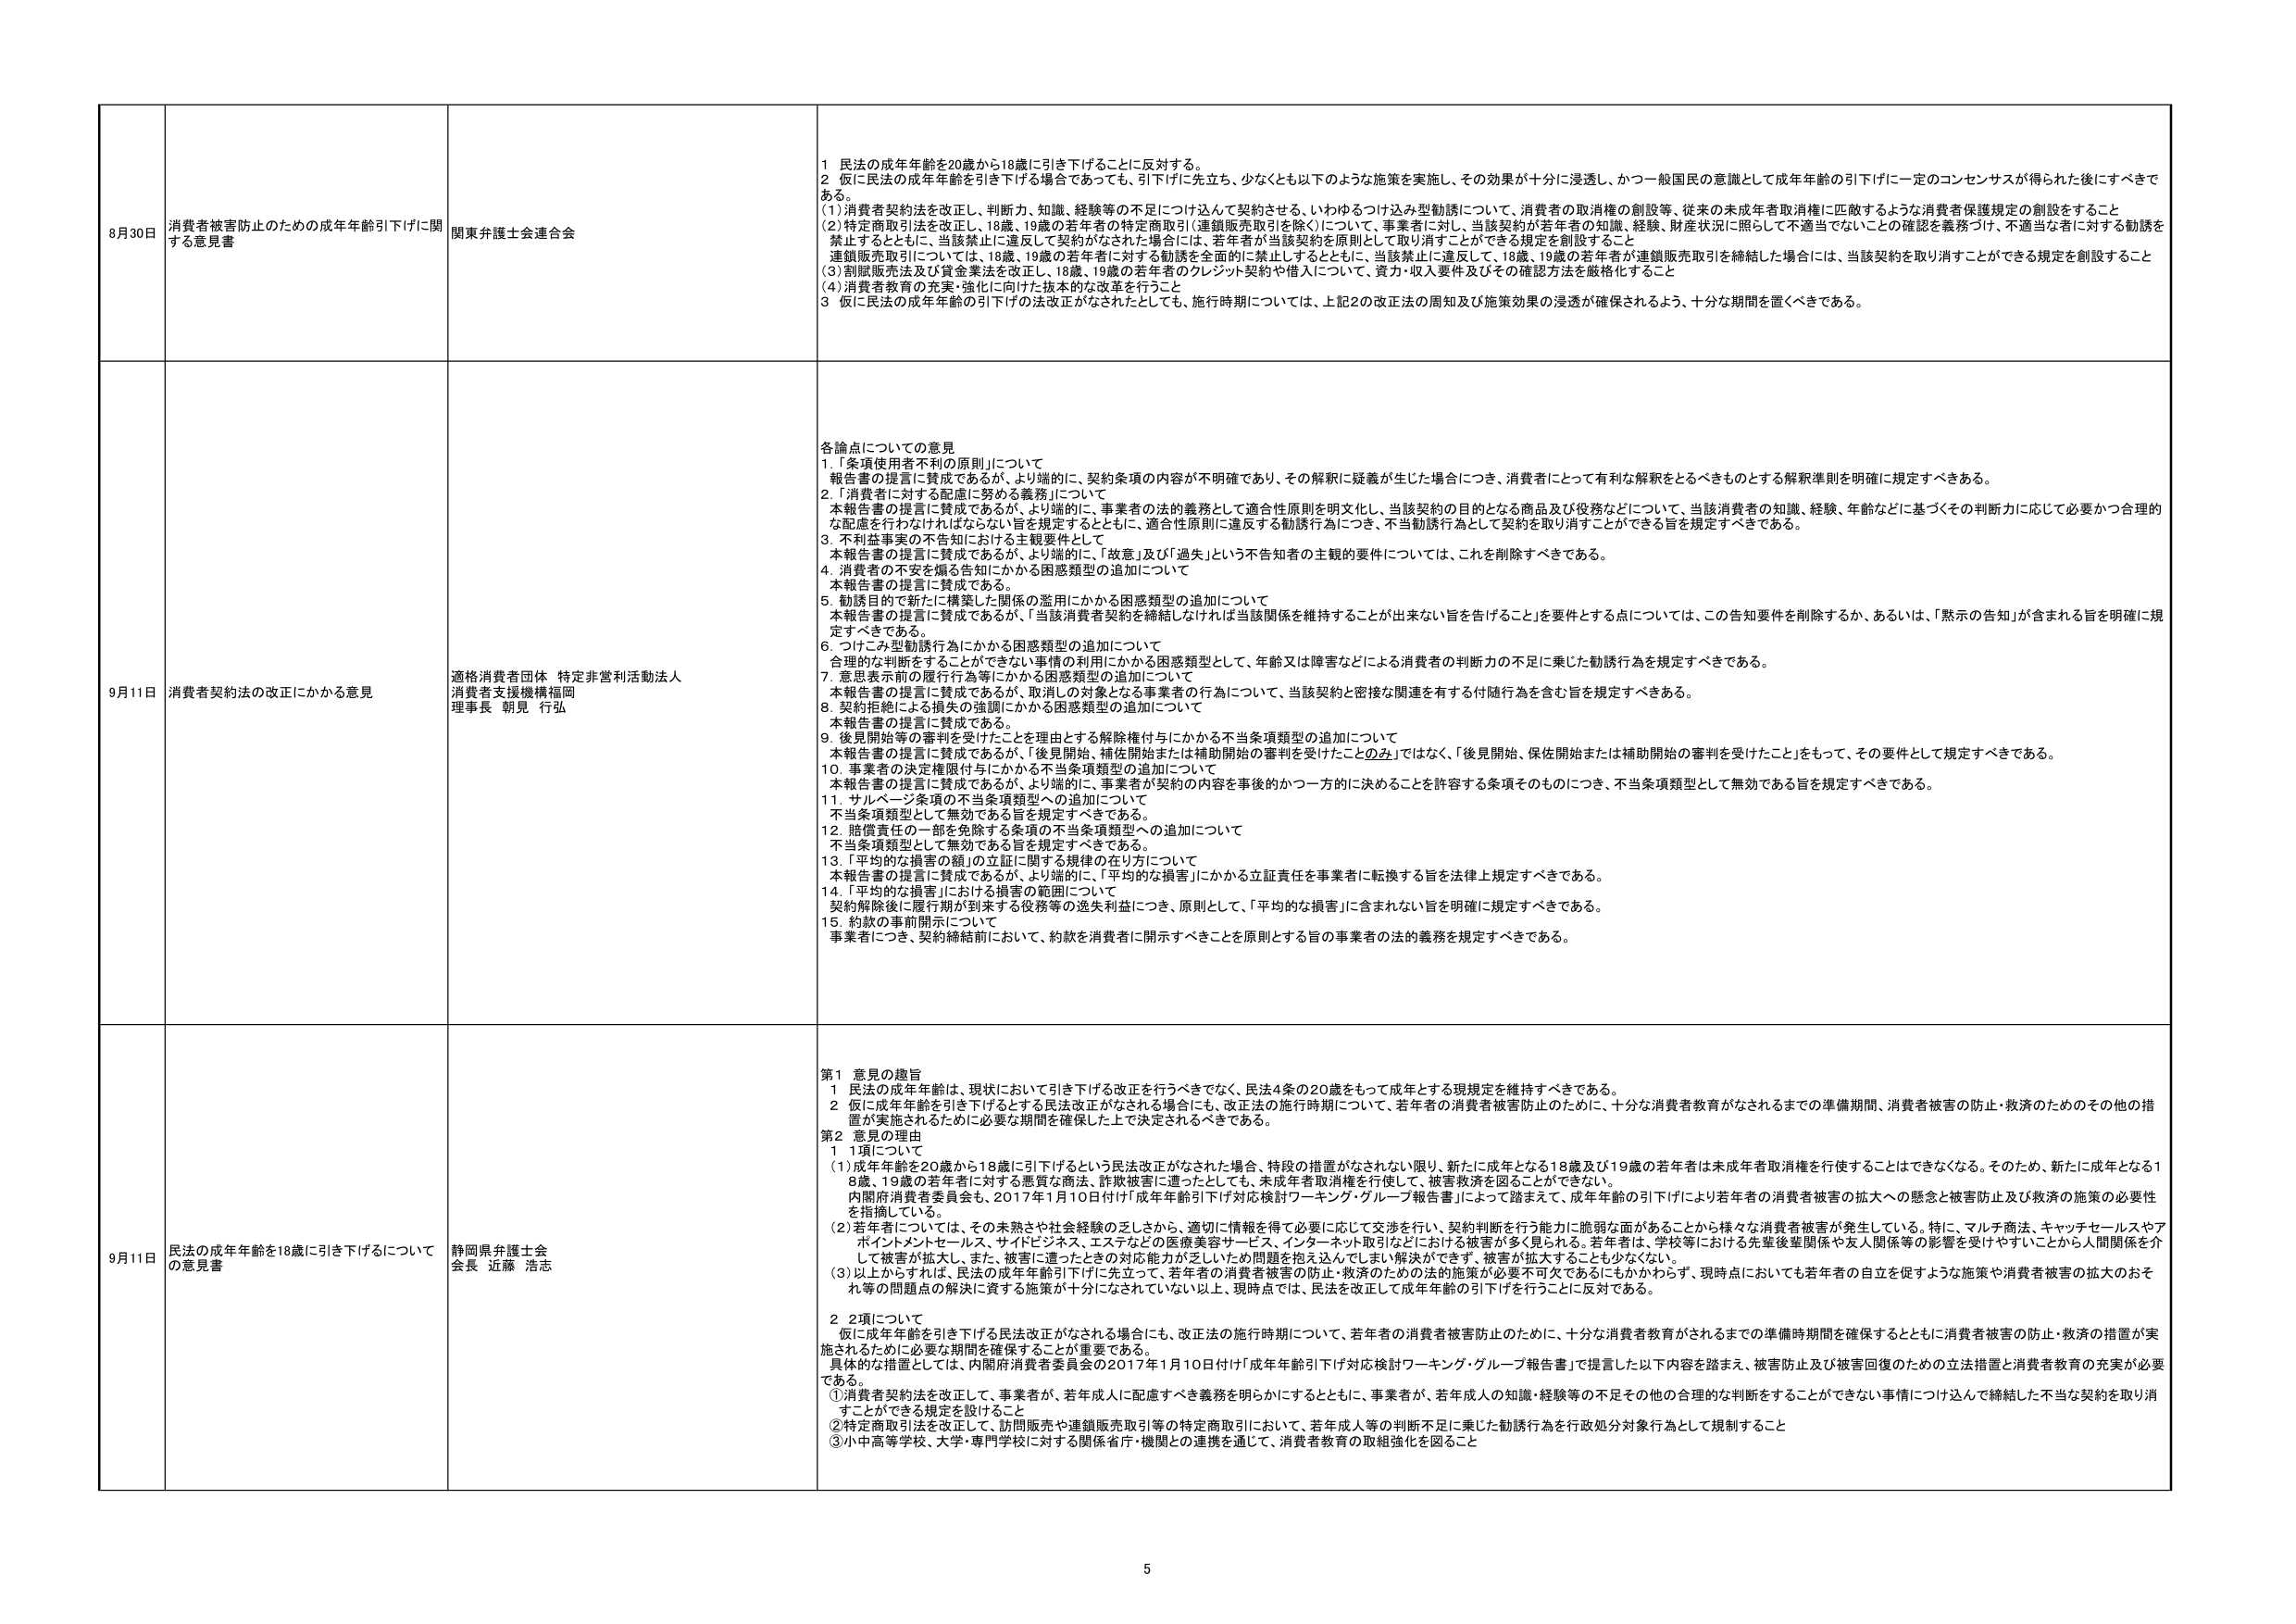
8月30日 消費者被害防止のための成年年齢引下げに関する意見書 関東弁護士会連合会 1 民法の成年年齢を20歳から18歳に引き下げることに反対する。 2 仮に民法の成年年齢を引き下げた場合であっても、引下げに先立ち、少なくとも以下のような施策を実施し、その効果が十分に浸透し、かつ一般国民の意識として成年年齢の引下げに一定のコンセンサスが得られた後にすべきである。 (1)消費者契約法を改正し、判断力、知識、経験等の不足につけ込んだ勧誘、いわゆるつけ込み型勧誘について、消費者の取引権の創設等、従来の未成年者取消権に匹敵するような消費者保護規定の創設をすること (2)特定商取引法を改正し、18歳、19歳の若年者の特定商取引(連鎖販売取引を除く)について、事業者に対し、当該契約が若年者の知識、経験、財産状況に照らして不適当でないとの確認を義務づけ、不適当な者に対する勧誘を禁止するとともに、当該禁止に違反して契約がなされた場合には、若年者が当該契約を原則として取り消すことができる規定を創設すること 連鎖販売取引については、18歳、19歳の若年者に対する勧誘を全面的に禁止するとともに、当該禁止に違反して、18歳、19歳の若年者が連鎖販売取引を締結した場合には、当該契約を取り消すことができる規定を創設すること (3)割賦販売法及び貸金業法を改正し、18歳、19歳の若年者のクレジット契約や借入について、資力・収入要件及びその確認方法を厳格化すること (4)消費者教育の充実・強化に向けた抜本的な改革を行うこと 3 仮に民法の成年年齢の引下げの法改正がなされたとしても、施行時期については、上記2の改正法の周知及び施策効果の浸透が確保されるよう、十分な期間を置くべきである。 9月11日 消費者契約法の改正にかかる意見 適格消費者団体 特定非営利活動法人 消費者支援機構福岡 理事長 朝見 行弘 各論点についての意見 1.「条項使用者不利の原則」について 報告書の提言に賛成であるが、より端的に、契約条項の内容が不明確であり、その解釈に疑義が生じた場合につき、消費者にとって有利な解釈をとるべきものとする解釈準則を明確に規定すべきである。 2.「消費者に対する配慮に努める義務」について 本報告書の提言に賛成であるが、より端的に、事業者の法的義務として適合性原則を明文化し、当該契約の目的となる商品及び役務などについて、当該消費者の知識、経験、年齢などに基づくその判断力に応じて必要かつ合理的な配慮を行わなければならない旨を規定するとともに、適合性原則に違反する勧誘行為につき、不当勧誘行為として契約を取り消すことができる旨を規定すべきである。 3. 不利益事実の不告知における主観要件として 本報告書の提言に賛成であるが、より端的に、「故意」及び「過失」という不告知者の主観的要件については、これを削除すべきである。 4. 消費者の不安を煽る告知にかかる困惑類型の追加について 本報告書の提言に賛成である。 5. 勧誘目的で新たに構築した関係の濫用にかかる困惑類型の追加について 本報告書の提言に賛成であるが、「当該消費者契約を締結しなければ当該関係を維持することが出来ない旨を告げること」を要件とする点については、この告知要件を削除するか、あるいは、「黙示の告知」が含まれる旨を明確に規定すべきである。 6. つけ込み型勧誘行為にかかる困惑類型の追加について 合理的な判断をすることができない事情の利用にかかる困惑類型として、年齢又は障害などによる消費者の判断力の不足に乗じた勧誘行為を規定すべきである。 7. 意思表示前の履行行為等にかかる困惑類型の追加について 本報告書の提言に賛成であるが、取消しの対象となる事業者の行為について、当該契約と密接な関連を有する付随行為を含む旨を規定すべきである。 8. 契約拒絶による損失の強調にかかる困惑類型の追加について 本報告書の提言に賛成である。 9. 後見開始等の審判を受けたことを理由とする解除権付与にかかる不当条項類型の追加について 本報告書の提言に賛成であるが、「後見開始、補佐開始または補助開始の審判を受けたことのみ」ではなく、「後見開始、保佐開始または補助開始の審判を受けたこと」をもって、その要件として規定すべきである。 10. 事業者の決定権限付与にかかる不当条項類型の追加について 本報告書の提言に賛成であるが、より端的に、事業者が契約の内容を事後のかつ一方的に決めることを許容する条項そのものにつき、不当条項類型として無効である旨を規定すべきである。 11. サルベージ条項の不当条項類型への追加について 不当条項類型として無効である旨を規定すべきである。 12. 賠償責任の一部を免除する条項の不当条項類型への追加について 不当条項類型として無効である旨を規定すべきである。 13.「平均的な損害の額」の立証に関する規律の在り方について 本報告書の提言に賛成であるが、より端的に、「平均的な損害」にかかる立証責任を事業者に転換する旨を法律上規定すべきである。 14.「平均的な損害」における損害の範囲について 契約解除後に履行期が到来する役務等の逸失利益につき、原則として、「平均的な損害」に含まれない旨を明確に規定すべきである。 15. 約款の事前開示について 事業者につき、契約締結前において、約款を消費者に開示すべきことを原則とする旨の事業者の法的義務を規定すべきである。 9月11日 民法の成年年齢を18歳に引き下げるについての意見書 静岡県弁護士会 会長 近藤 浩志 第1 意見の趣旨 1 民法の成年年齢は、現状において引き下げる改正を行うべきでなく、民法4条の20歳をもって成年とする現規定を維持すべきである。 2 仮に成年年齢を引き下げるとする民法改正がなされる場合にも、改正法の施行時期について、若年者の消費者被害防止のために、十分な消費者教育がなされるまでの準備期間、消費者被害の防止・救済のためのその他の措置が実施されるために必要な期間を確保した上で決定されるべきである。 第2 意見の理由 1 1項について (1)成年年齢を20歳から18歳に引下げるという民法改正がなされた場合、特段の措置がなされない限り、新たに成年となる18歳及び19歳の若年者は未成年者取消権を行使することはできなくなる。そのため、新たに成年となる18歳、19歳の若年者に対する悪質な商法、詐欺被害に遭ったとしても、未成年者取消権を行使して、被害救済を図ることができない。 内閣府消費者委員会、2017年1月10日付け「成年年齢引下げ対応検討ワーキング・グループ報告書」によって踏まえて、成年年齢の引下げにより若年者の消費者被害の拡大への懸念と被害防止及び救済の施策の必要性を指摘している。 (2)若年者については、その未熟さや社会経験の乏しさから、適切に情報を得て必要に応じて交渉を行い、契約判断を行う能力に脆弱な面があることから様々な消費者被害が発生している。特に、マルチ商法、キャッチセールスやアポイントメントセールス、サイドビジネス、エステなどの医療美容サービス、インターネット取引などにおいて被害が多く見られる。若年者は、学校等における先輩後輩関係や友人関係等の影響を受けやすいことから人間関係を介して被害が拡大し、また、被害に遭ったときの対応能力が乏しいため問題を抱え込んでしまい解決ができず、被害が拡大することも少なくない。 (3)以上からすれば、民法の成年年齢引下げに先立って、若年者の消費者被害の防止・救済のための法的施策が必要不可欠であるにもかかわらず、現時点においても若年者の自立を促すような施策や消費者被害の拡大のおそれ等の問題点の解決に資する施策が十分になされていない以上、現時点では、民法を改正して成年年齢の引下げを行うことに反対である。 2 2項について 仮に成年年齢を引き下げる民法改正がなされる場合にも、改正法の施行時期について、若年者の消費者被害防止のために、十分な消費者教育がされるまでの準備時期間を確保するとともに消費者被害の防止・救済の措置が実施されるために必要な期間を確保することが重要である。 具体的な措置としては、内閣府消費者委員会の2017年1月10日付け「成年年齢引下げ対応検討ワーキング・グループ報告書」で提言した以下内容を踏まえ、被害防止及び被害回復のための立法措置と消費者教育の充実が必要である。 ①消費者契約法を改正して、事業者が、若年成人に配慮すべき義務を明らかにするとともに、事業者が、若年成人の知識・経験等の不足その他の合理的な判断をすることができない事情につけ込んで締結した不当な契約を取り消すことができる規定を設けること ②特定商取引法を改正して、訪問販売や連鎖販売取引等の特定商取引において、若年成人等の判断不足に乗じた勧誘行為を行政処分対象行為として規制すること ③小中高等学校、大学・専門学校に対する関係省庁・機関との連携を通じて、消費者教育の取組強化を図ること 5